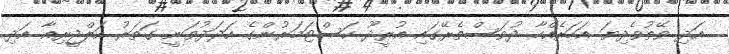
އަދި ވޭތުވެދިޔަ އަހަރެއްހާ ދުވަސްތެރޭގައި އުރީދޫ ކަސްޓަމަރުންގެ އަދަދުވަނީ ގަތަރު އަލްޖީރިއާ އަދި